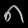
Digit: ၈